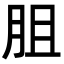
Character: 䏣